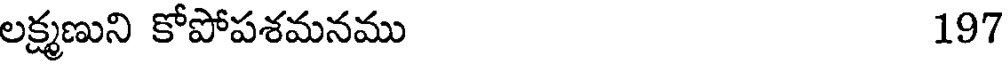
లక్ష్మణుని కోపోపశమనము 197